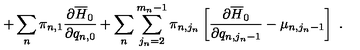
+ \sum _ { n } \pi _ { n , 1 } \frac { \partial \overline { { H } } _ { 0 } } { \partial q _ { n , 0 } } + \sum _ { n } \sum _ { j _ { n } = 2 } ^ { m _ { n } - 1 } \pi _ { n , j _ { n } } \left[ \frac { \partial \overline { { H } } _ { 0 } } { \partial q _ { n , j _ { n } - 1 } } - \mu _ { n , j _ { n } - 1 } \right] \ .